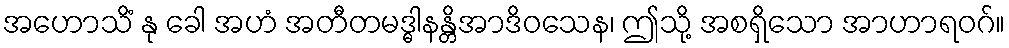
အဟောသိံ နု ခေါ အဟံ အတီတမဒ္ဓါနန္တိအာဒိဝသေန၊ ဤသို့ အစရှိသော အာဟာရဝဂ်။